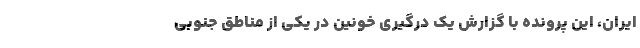
ایران، این پرونده با گزارش یک درگیری خونین در یکی از مناطق جنوبی